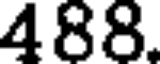
488.